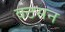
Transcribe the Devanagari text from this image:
वटसन